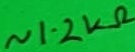
Text: ~1.2kΩ